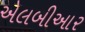
એલબીઆર